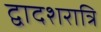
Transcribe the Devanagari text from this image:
द्वादशरात्रि